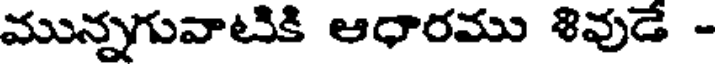
మున్నగువాటికి ఆధారము శివుడే -